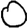
Digit: 0